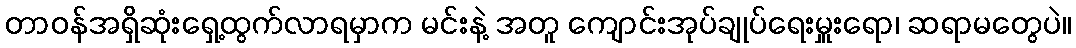
တာဝန်အရှိဆုံးရှေ့ထွက်လာရမှာက မင်းနဲ့ အတူ ကျောင်းအုပ်ချုပ်ရေးမှူးရော၊ ဆရာမတွေပဲ။